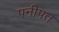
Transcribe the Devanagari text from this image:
पनीपत